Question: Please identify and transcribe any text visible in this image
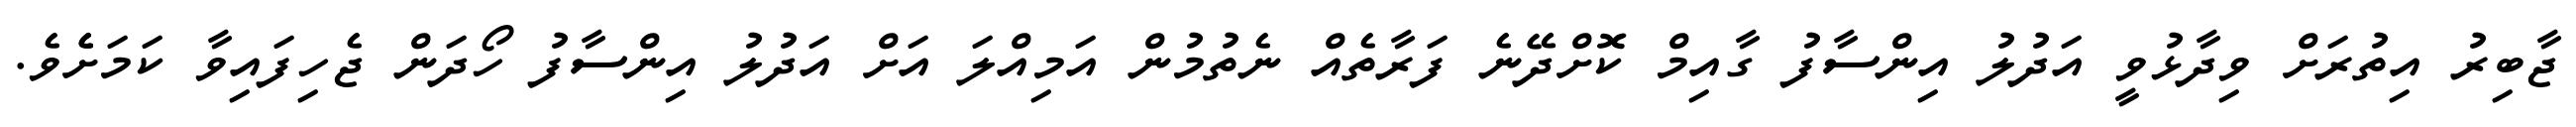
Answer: ޖާބިރު އިތުރަށް ވިދާޅުވީ އަދުލު އިންސާފު ގާއިމް ކޮށްދޭނެ ފަރާތެއް ނެތުމުން އަމިއްލަ އަށް އަދުލު އިންސާފު ހޯދަން ޖެހިފައިވާ ކަމަށެެވެ.